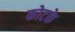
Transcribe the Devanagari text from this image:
कोटके